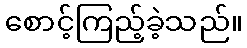
စောင့်ကြည့်ခဲ့သည်။